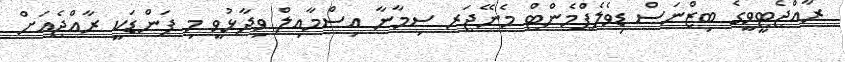
ރާއްޖެޓީވީގެ ބިޒްނަސް ޑިވެލެޕްމެންޓް މެނޭޖަރ ސިމާނާ އިސްމާއިލް ވިދާޅުވީ މި ފަންޑަކީ ރާއްޖެއަށް